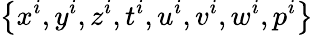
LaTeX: \left\{ x^{i},y^{i},z^{i},t^{i},u^{i},v^{i},w^{i},p^{i}\right\}